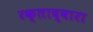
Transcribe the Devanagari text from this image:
रक्ताद्वारा